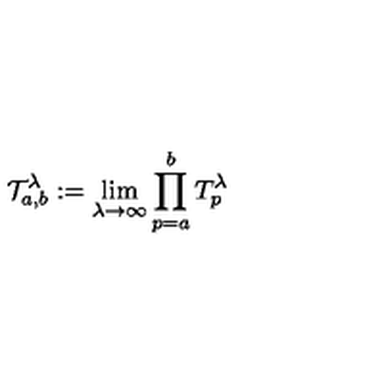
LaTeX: \mathcal { T } _ { a , b } ^ { \lambda } : = \lim _ { \lambda \rightarrow \infty } \prod _ { p = a } ^ { b } T _ { p } ^ { \lambda } \,